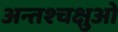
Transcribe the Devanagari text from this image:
अन्तश्चक्षुओं